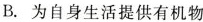
B. 为自身生活提供有机物